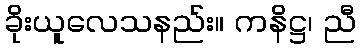
ခိုးယူလေသနည်း။ ကနိဋ္ဌ၊ ညီ